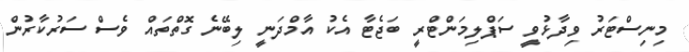
މިނިސްޓަރު ވިދާޅުވީ ސަޕްލިމަންޓްރީ ބަޖެޓާ އެކު އާމްދަނީ ލިބޭނެ ގޮތްތައް ވެސް ސަރުކާރުން